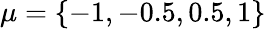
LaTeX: \mu=\{ -1,-0.5,0.5,1\}